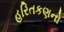
હરિતકણનો